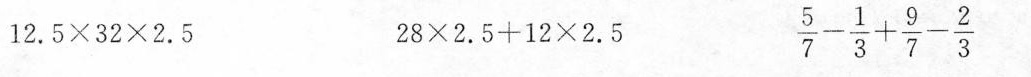
$$1 2 . 5 \times 3 2 \times 2 . 5$$ $$2 8 \times 2 . 5 + 1 2 \times 2 . 5$$ $$\frac { 5 } { 7 } - \frac { 1 } { 3 } + \frac { 9 } { 7 } - \frac { 2 } { 3 }$$